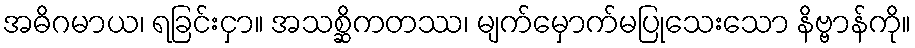
အဓိဂမာယ၊ ရခြင်းငှာ။ အသစ္ဆိကတဿ၊ မျက်မှောက်မပြုသေးသော နိဗ္ဗာန်ကို။